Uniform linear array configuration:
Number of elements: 32
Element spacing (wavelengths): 0.25
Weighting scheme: kaiser
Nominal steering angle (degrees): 30
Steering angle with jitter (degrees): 30.523
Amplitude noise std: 0.05
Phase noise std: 0.05

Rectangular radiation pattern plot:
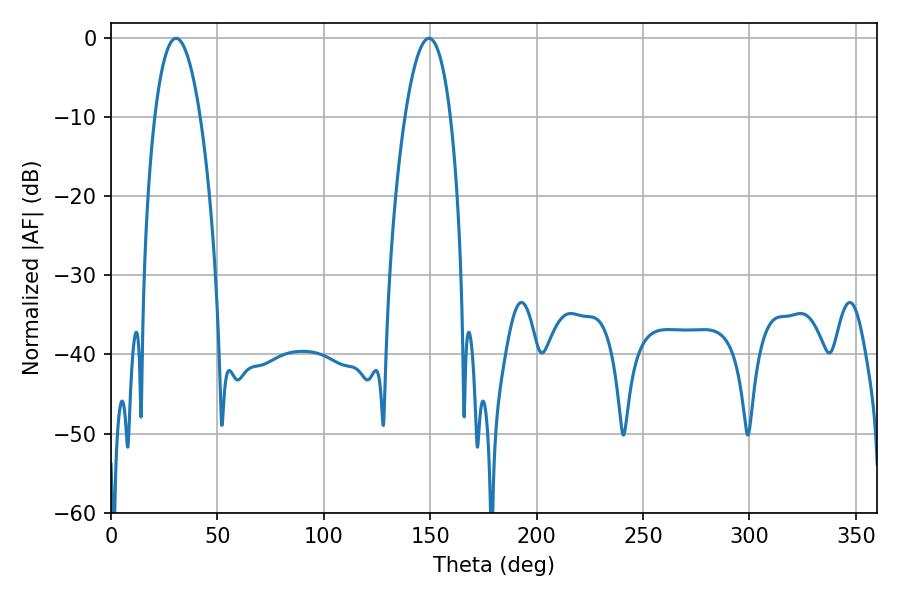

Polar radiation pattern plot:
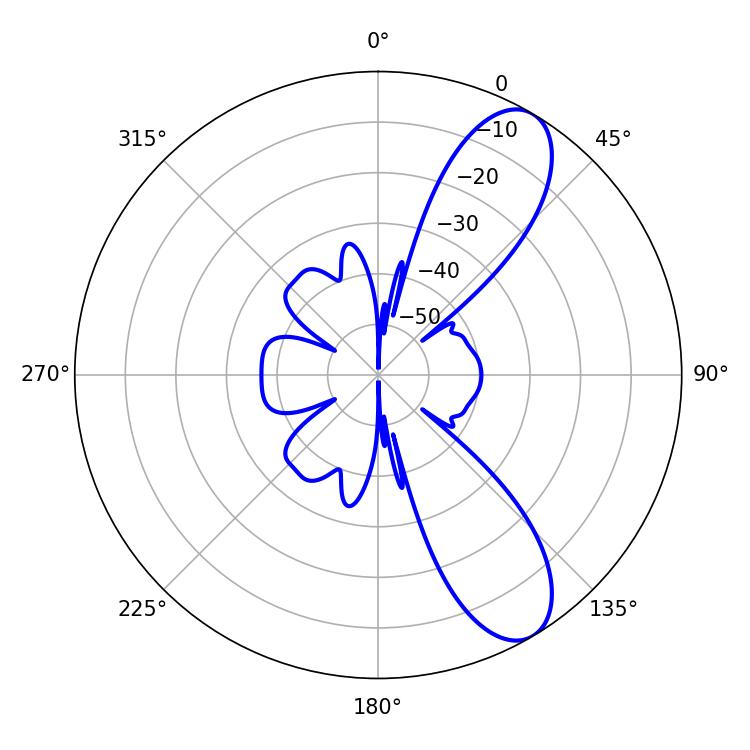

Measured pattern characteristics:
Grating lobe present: FALSE
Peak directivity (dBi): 9.467
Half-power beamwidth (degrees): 11.88
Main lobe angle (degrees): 30.6